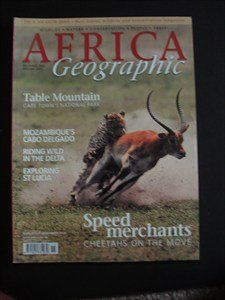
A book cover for AFRICA Geographic - December 2003 / January 2004 - Table Mountain - Cape Town - Mozambique - Cabo Delgado - St Lucia - Cheetahs - Wildlife - Nature - Conservation - People - Travel; Travel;